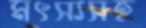
মৎস্যসহ